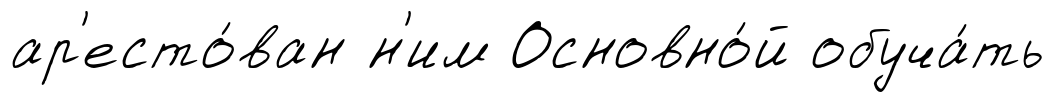
ар'есто́ван н'им Основно́й обуча́ть